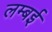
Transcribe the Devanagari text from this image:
लम्बई